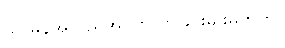
သာမန်အလည်အပတ်လာခြင်းမျိုးမဟုတ်။